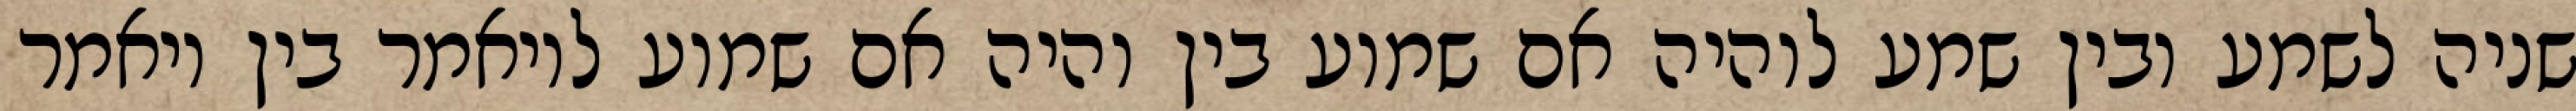
שניה לשמע ובין שמע לוהיה אם שמוע בין והיה אם שמוע לויאמר בין ויאמר